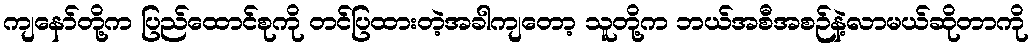
ကျနော်တို့က ပြည်ထောင်စုကို တင်ပြထားတဲ့အခါကျတော့ သူတို့က ဘယ်အစီအစဉ်နဲ့လာမယ်ဆိုတာကို